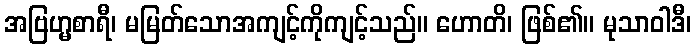
အဗြဟ္မစာရီ၊ မမြတ်သောအကျင့်ကိုကျင့်သည်။ ဟောတိ၊ ဖြစ်၏။ မုသာဝါဒီ၊